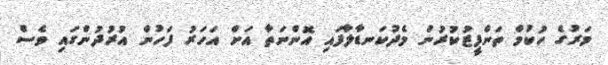
މަރުގެ ހުކުމް ތަންފީޒުކުރުން މެދުކަނޑާލާފައި އޮންނަތާ އަށް އަހަރު ފަހުން އުރުދުންގައި ވެސް